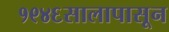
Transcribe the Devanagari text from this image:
१९४६सालापासून